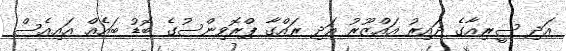
އަދި ސީރިއާގެ ދައިރު އައްޒޫރު އަދި ރައްގާ ޕްރޮވިންސުގެ ބޮޑު ބައެއް އައިއެސް